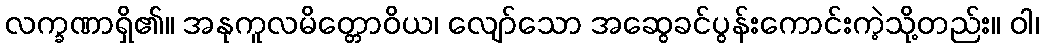
လက္ခဏာရှိ၏။ အနုကူလမိတ္တောဝိယ၊ လျော်သော အဆွေခင်ပွန်းကောင်းကဲ့သို့တည်း။ ဝါ၊